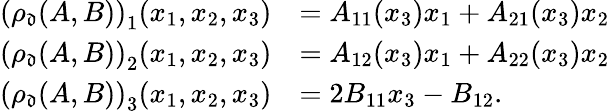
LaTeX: \begin{array}{rl}{\left(\rho_{\mathfrak{d}}(A,B)\right)_{1}(x_{1},x_{2},x_{3})}&{=A_{11}(x_{3})x_{1}+A_{21}(x_{3})x_{2}}\\ {\left(\rho_{\mathfrak{d}}(A,B)\right)_{2}(x_{1},x_{2},x_{3})}&{=A_{12}(x_{3})x_{1}+A_{22}(x_{3})x_{2}}\\ {\left(\rho_{\mathfrak{d}}(A,B)\right)_{3}(x_{1},x_{2},x_{3})}&{=2B_{11}x_{3}-B_{12}.}\end{array}